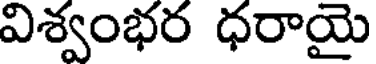
విశ్వంభర ధరాయై